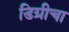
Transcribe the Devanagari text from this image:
डिग्रीचा